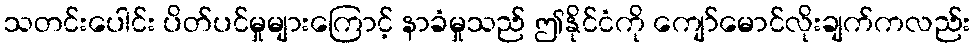
သတင်းပေါင်း ပိတ်ပင်မှုများကြောင့် နာခံမှုသည် ဤနိုင်ငံကို ကျော်မောင်လိုးချက်ကလည်း